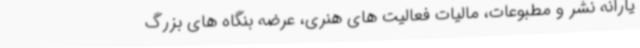
یارانه نشر و مطبوعات، مالیات فعالیت های هنری،‌ عرضه بنگاه های بزرگ